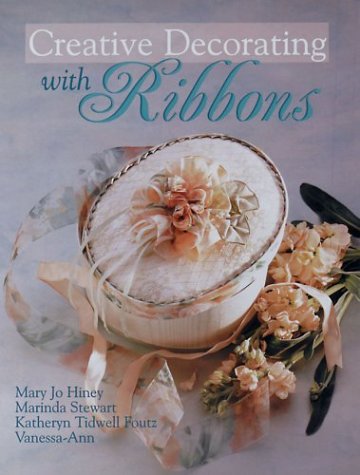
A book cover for Creative Decorating with Ribbons; Mary Jo Hiney; Crafts, Hobbies & Home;